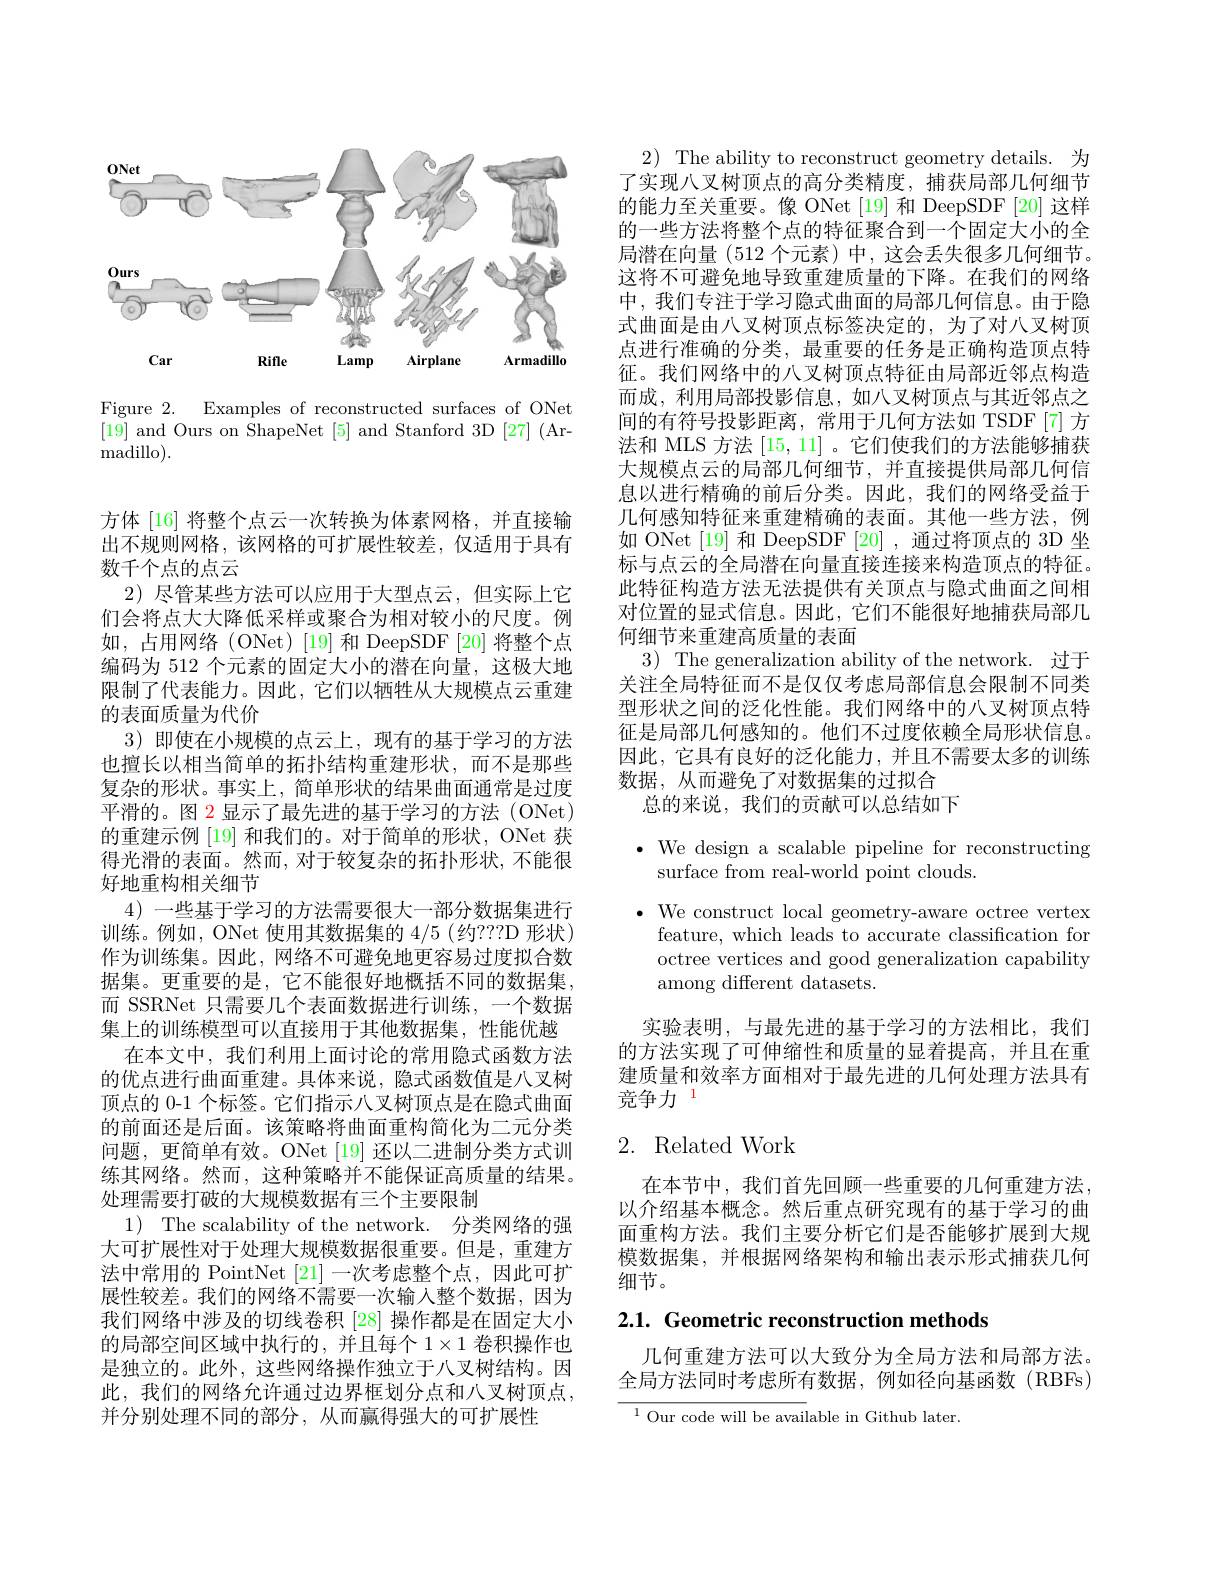
<FigureHere>

Figure 2. Examples of reconstructed surfaces of ONet [19] and Ours on ShapeNet [5] and Stanford 3D [27] (Ar- ${\mathrm{madillo}}).$

方体 [16] 将整个点云一次转换为体素网格，并直接输出不规则网格，该网格的可扩展性较差，仅适用于具有数千个点的点云
2)尽管某些方法可以应用于大型点云，但实际上它们会将点大大降低采样或聚合为相对较小的尺度。例如，占用网络(ONet)[19]和DeepSDF[20]将整个点编码为 512 个元素的固定大小的潜在向量，这极大地限制了代表能力。因此，它们以牺牲从大规模点云重建的表面质量为代价
3)即使在小规模的点云上，现有的基于学习的方法也擅长以相当简单的拓扑结构重建形状，而不是那些复杂的形状。事实上，简单形状的结果曲面通常是过度平滑的。图 2 显示了最先进的基于学习的方法 (ONet) 的重建示例[19]和我们的。对于简单的形状，ONet 获得光滑的表面。然而，对于较复杂的拓扑形状，不能很好地重构相关细节
4)一些基于学习的方法需要很大一部分数据集进行训练。例如，ONet 使用其数据集的 4/5 (约？??D 形状) 作为训练集。因此，网络不可避免地更容易过度拟合数据集。更重要的是，它不能很好地概括不同的数据集， 而 SSRNet 只需要几个表面数据进行训练，一个数据集上的训练模型可以直接用于其他数据集，性能优越
在本文中，我们利用上面讨论的常用隐式函数方法的优点进行曲面重建。具体来说，隐式函数值是八叉树顶点的 0-1 个标签。它们指示八叉树顶点是在隐式曲面的前面还是后面。该策略将曲面重构简化为二元分类问题，更简单有效。ONet [19]还以二进制分类方式训练其网络。然而，这种策略并不能保证高质量的结果。处理需要打破的大规模数据有三个主要限制
1) The scalability of the network. 分类网络的强大可扩展性对于处理大规模数据很重要。但是，重建方法中常用的 PointNet [21]一次考虑整个点，因此可扩展性较差。我们的网络不需要一次输入整个数据，因为我们网络中涉及的切线卷积 [28] 操作都是在固定大小的局部空间区域中执行的，并且每个$1\times1$卷积操作也是独立的。此外，这些网络操作独立于八叉树结构。因此，我们的网络允许通过边界框划分点和八叉树顶点， 并分别处理不同的部分，从而赢得强大的可扩展性

2) The ability to reconstruct geometry details. 为了实现八叉树顶点的高分类精度，捕获局部几何细节的能力至关重要。像 ONet [19] 和 DeepSDF [20] 这样的一些方法将整个点的特征聚合到一个固定大小的全局潜在向量 (512 个元素) 中，这会丢失很多几何细节。这将不可避免地导致重建质量的下降。在我们的网络中，我们专注于学习隐式曲面的局部几何信息。由于隐式曲面是由八叉树顶点标签决定的，为了对八叉树顶点进行准确的分类，最重要的任务是正确构造顶点特征。我们网络中的八叉树顶点特征由局部近邻点构造而成，利用局部投影信息，如八叉树顶点与其近邻点之间的有符号投影距离，常用于几何方法如 TSDF[7] 方法和 MLS 方法[15,11]。它们使我们的方法能够捕获大规模点云的局部几何细节，并直接提供局部几何信息以进行精确的前后分类。因此，我们的网络受益于几何感知特征来重建精确的表面。其他一些方法，例如 ONet [19] 和 DeepSDF [20] ,通过将顶点的 3D 坐标与点云的全局潜在向量直接连接来构造顶点的特征。此特征构造方法无法提供有关顶点与隐式曲面之间相对位置的显式信息。因此，它们不能很好地捕获局部几何细节来重建高质量的表面
$3){\mathrm{~The~generalization~ability~of~the~network.~}}$过于关注全局特征而不是仅仅考虑局部信息会限制不同类型形状之间的泛化性能。我们网络中的八叉树顶点特征是局部几何感知的。他们不过度依赖全局形状信息。因此，它具有良好的泛化能力，并且不需要太多的训练数据，从而避免了对数据集的过拟合
总的来说，我们的贡献可以总结如下

$\bullet$ We design a scalable pipeline for reconstructing
surface from real-world point clouds.

$\bullet$ We construct local geometry-aware octree vertex
feature, which leads to accurate classification for octree vertices and good generalization capability among different datasets.

实验表明，与最先进的基于学习的方法相比，我们的方法实现了可伸缩性和质量的显着提高，并且在重建质量和效率方面相对于最先进的几何处理方法具有竞争力$\:^{1}$

# 2. Related Work

在本节中，我们首先回顾一些重要的几何重建方法， 以介绍基本概念。然后重点研究现有的基于学习的曲面重构方法。我们主要分析它们是否能够扩展到大规模数据集，并根据网络架构和输出表示形式捕获几何细节。

2.1. Geometric reconstruction methods

几何重建方法可以大致分为全局方法和局部方法。全局方法同时考虑所有数据，例如径向基函数(RBFs)

$^{1}$Our code will be available in Github later.